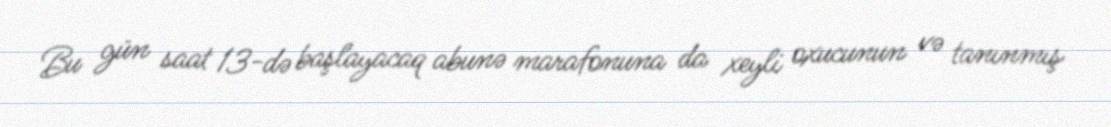
Bu gün saat 13-də başlayacaq abunə marafonuna da xeyli oxucunun və tanınmış